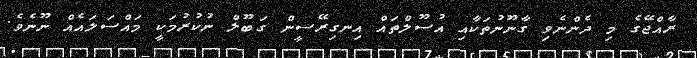
ރާއްޖޭގެ މި ދެންނެވި ގާނޫނުތަކާއި އުސޫލްތައް އިނގިރޭސީން ގަބޫލް ނުކުރުމަކީ މައްސަލައެއް ނޫނެވެ.